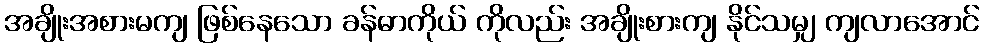
အချိုးအစားမကျ ဖြစ်နေသော ခန်ဓာကိုယ် ကိုလည်း အချိုးစားကျ နိုင်သမျှ ကျလာအောင်